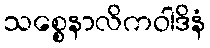
သစ္စေနာလိကဝါဒိနံ